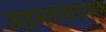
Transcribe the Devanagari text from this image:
अहमदाबादजवळ